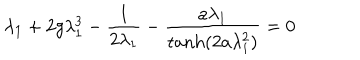
LaTeX: \lambda _ { 1 } + 2 g \lambda _ { 1 } ^ { 3 } - { \frac { 1 } { 2 \lambda _ { 1 } } } - { \frac { a \lambda _ { 1 } } { { \tanh } ( 2 a \lambda _ { 1 } ^ { 2 } ) } } = 0